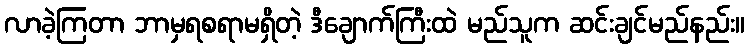
လာခဲ့ကြတာ ဘာမှရစရာမရှိတဲ့ ဒီချောက်ကြီးထဲ မည်သူက ဆင်းချင်မည်နည်း။